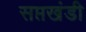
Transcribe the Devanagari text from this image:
सप्तखंडी